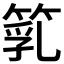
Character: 𥯇